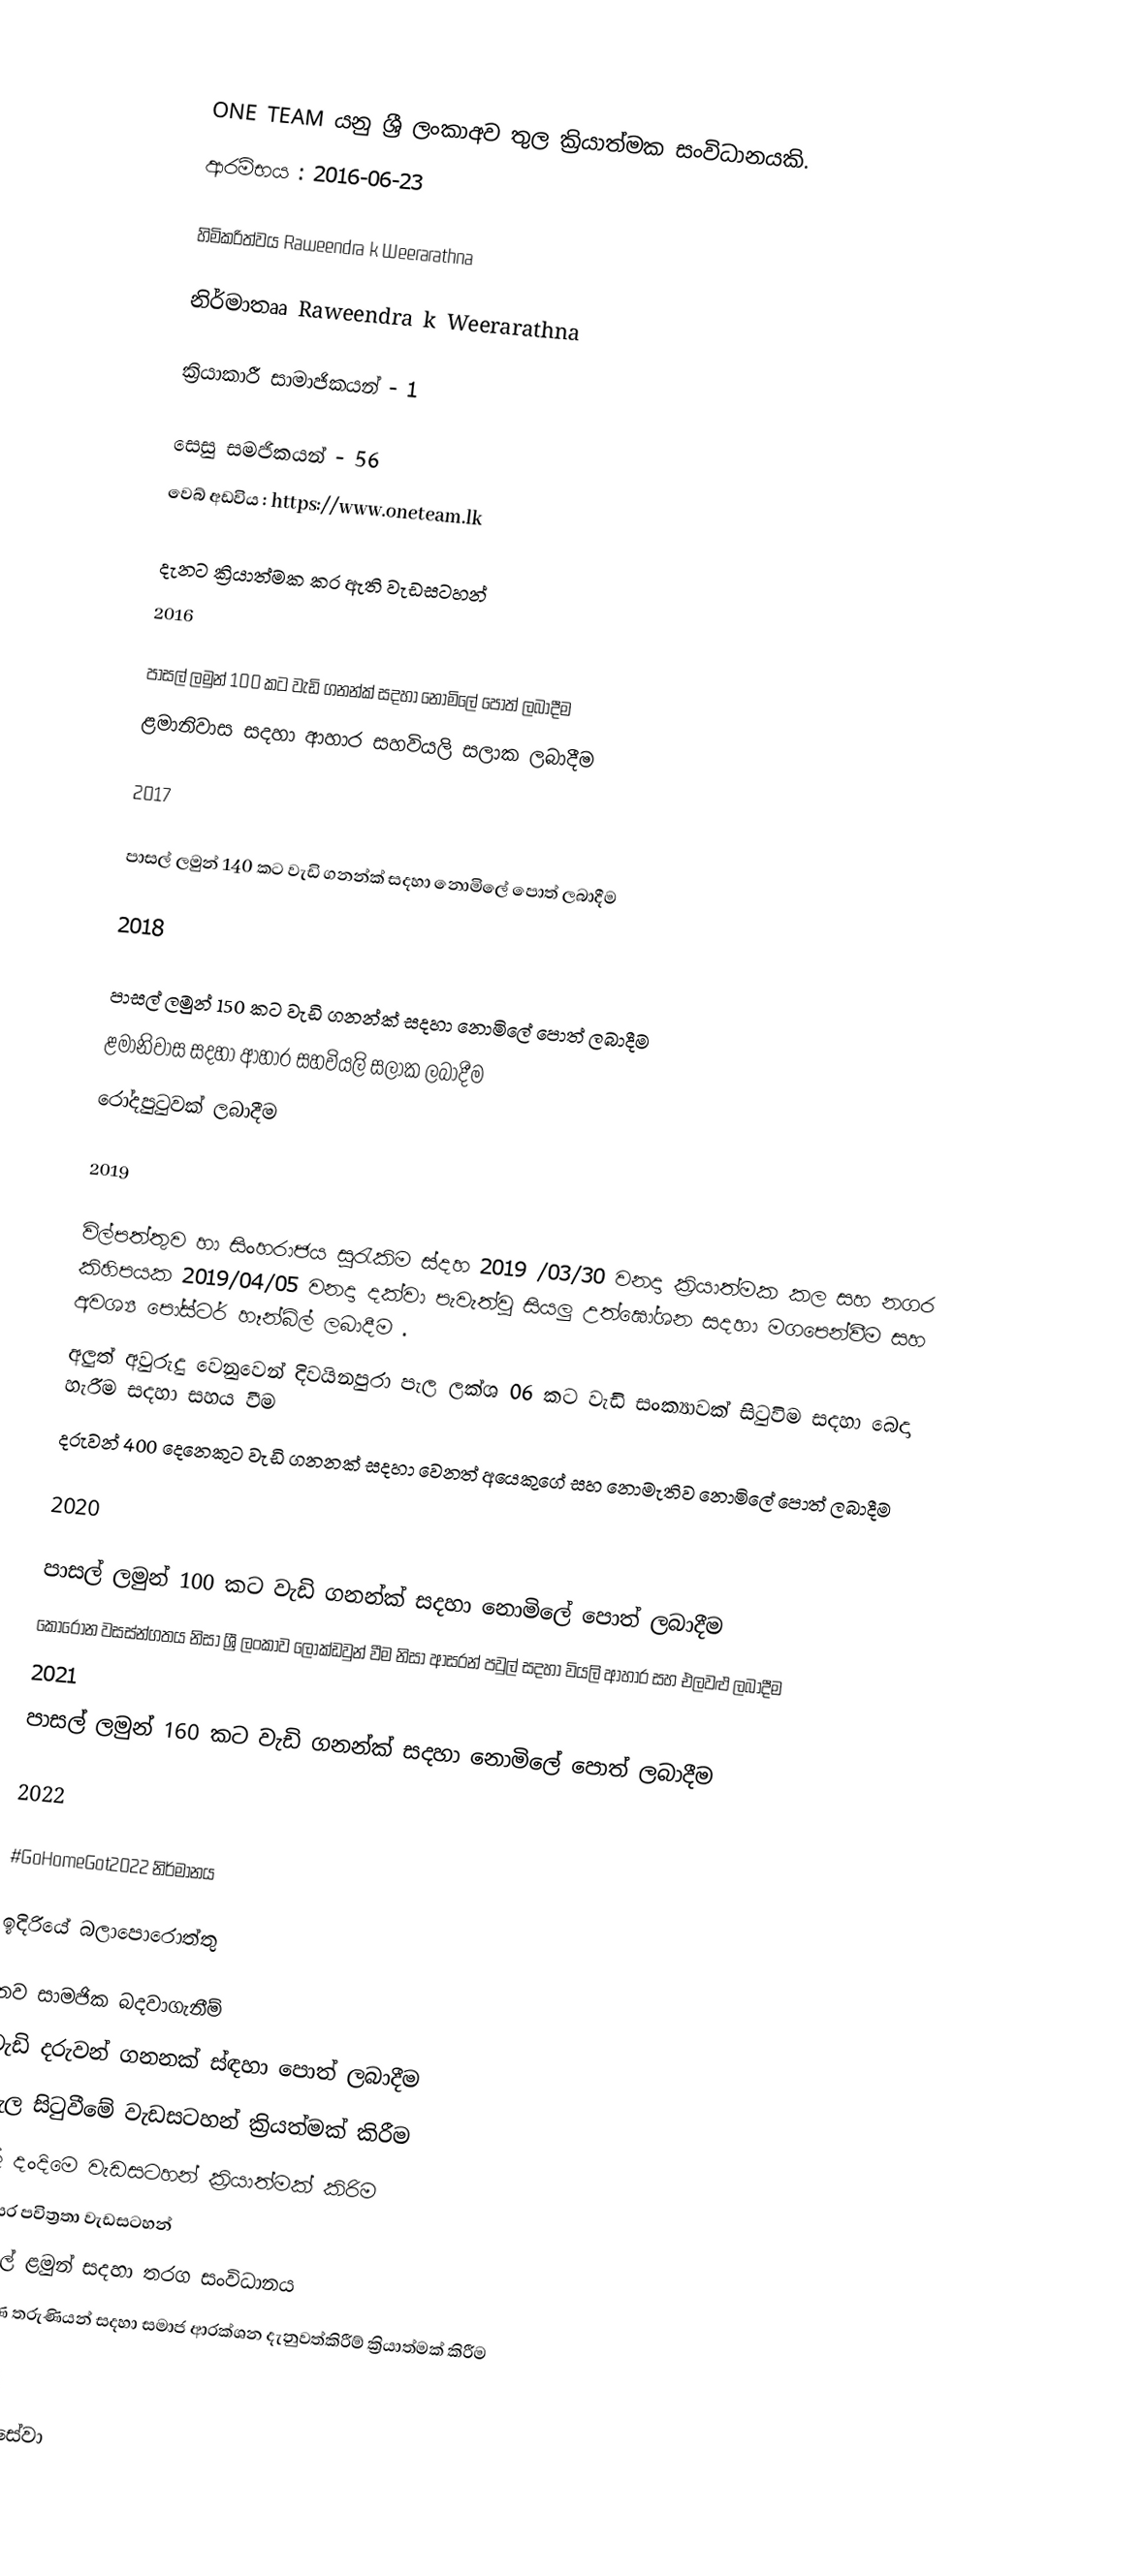

ONE TEAM යනු ශ්‍රී ලංකාඅව තුල ක්‍රියාත්මක සංවිධානයකි.
 ආරම්භය : 2016-06-23

 හිමිකරිත්වය Raweendra k Weerarathna

 නිර්මාතෲ  Raweendra k Weerarathna

 ක්‍රියාකාරී සාමාජිකයන් - 1

 සෙසු සමජිකයන් -  56
 වෙබ් අඩවිය : https://www.oneteam.lk

දැනට ක්‍රියාත්මක කර ඇති වැඩසටහන්
2016

 පාසල් ලමුන් 100 කට වැඩි ගනන්ක් සදහා නොමිලේ පොත් ලබාදීම
 ළමානිවාස සදහා ආහාර සහවියලි සලාක ලබාදීම

2017

 පාසල් ලමුන් 140 කට වැඩි ගනන්ක් සදහා නොමිලේ පොත් ලබාදීම

2018

 පාසල් ලමුන් 150 කට වැඩි ගනන්ක් සදහා නොමිලේ පොත් ලබාදීම
 ළමානිවාස සදහා ආහාර සහවියලි සලාක ලබාදීම
 රෝදපුටුවක් ලබාදීම

2019

 විල්පත්තුව හා සිංහරාජය සුරැකිම ස්දහ 2019 /03/30 වනදා ක්‍රියාත්මක කල සහ නගර කිහිපයක  2019/04/05 වනදා දක්වා පැවැත්වු සියලු උත්ඝෝශන සදහා මගපෙන්වීම සහ අවශ්‍ය පෝස්ටර් හෑන්බිල් ලබාදීම .
 අලුත් අවුරුදු වෙනුවෙන් දිවයිනපුරා පැල ලක්ශ 06 කට වැඩි සංක්‍යාවක් සිටුවිම සදහා බෙදා හැරීම සදහා සහය වීම
 දරුවන් 400 දෙනෙකුට වැඩි ගනනක් සදහා වෙනත් අයෙකුගේ සහ නොමැතිව නොමිලේ පොත් ලබාදීම

2020

 පාසල් ලමුන් 100 කට වැඩි ගනන්ක් සදහා නොමිලේ පොත් ලබාදීම
 කොරෝන වසස්න්ගතය නිසා ශ්‍රී ලංකාව ලොක්ඩවුන් වීම නිසා ආසරන් පවුල් සදහා වියලි ආහාර සහ එලවළු ලබාදීම
 2021
 පාසල් ලමුන් 160 කට වැඩි ගනන්ක් සදහා නොමිලේ පොත් ලබාදීම

2022

 #GoHomeGot2022 නිර්මානය

ඉදිරියේ බලාපොරොත්තු

 නව සාමජික බදවාගැනීම්
 වැඩි දරුවන් ගනනක් ස්ඳහා පොත් ලබාදීම
 පැල සිටුවීමේ වැඩසටහන් ක්‍රියත්මක් කිරීම
 ලේ දංදිමෙ වැඩසටහන් ක්‍රියාත්මක් කිරිම
 පරිසර පවිත්‍රතා වැඩසටහන්
 පාසල් ළමුන් සදහා තරග සංවිධානය
 තරුණ තරුණියන් සදහා සමාජ ආරක්ශන දැනුවත්කිරීම් ක්‍රියාත්මක් කිරීම

වෙබ්
සමාජසේවා